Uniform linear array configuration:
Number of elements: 48
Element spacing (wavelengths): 0.25
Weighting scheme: binomial
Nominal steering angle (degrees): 15
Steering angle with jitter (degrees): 15.05
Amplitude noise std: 0.05
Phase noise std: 0.05

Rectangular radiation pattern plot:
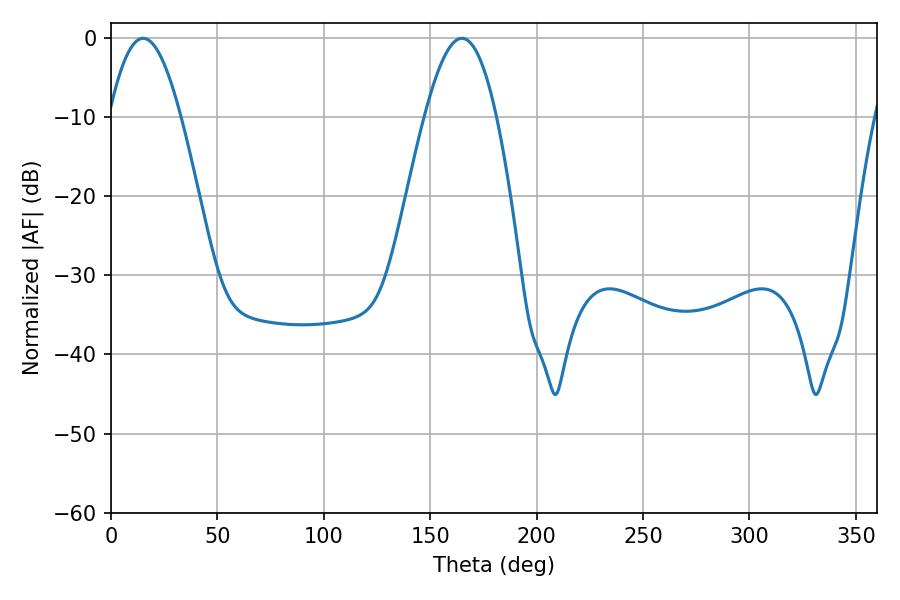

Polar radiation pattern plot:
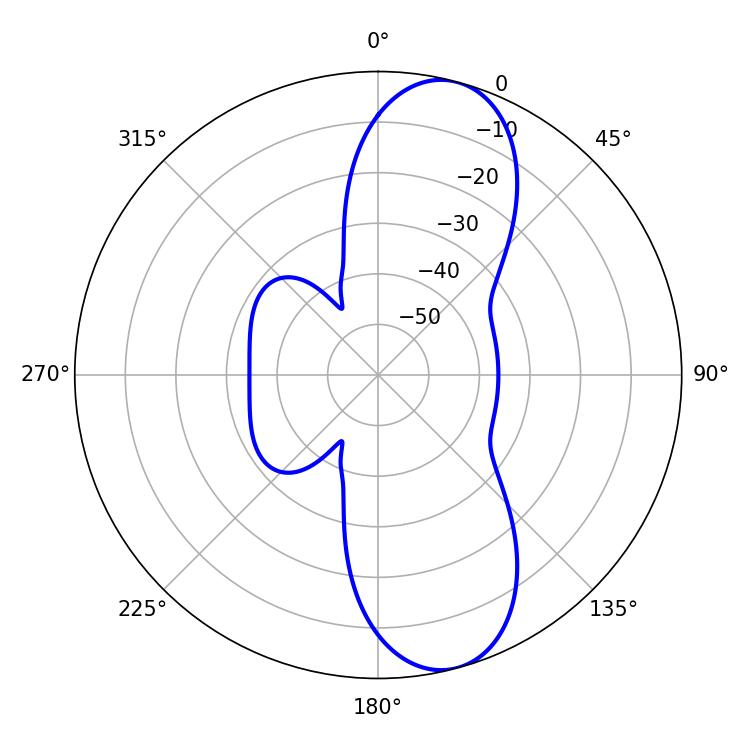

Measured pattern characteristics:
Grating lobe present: FALSE
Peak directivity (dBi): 10.353
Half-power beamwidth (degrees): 18.36
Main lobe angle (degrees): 15.12